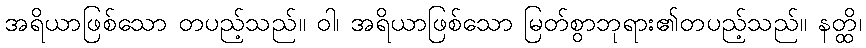
အရိယာဖြစ်သော တပည့်သည်။ ဝါ၊ အရိယာဖြစ်သော မြတ်စွာဘုရား၏တပည့်သည်။ နတ္ထိ၊